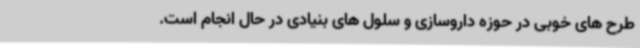
طرح های خوبی در حوزه داروسازی و سلول های بنیادی در حال انجام است.